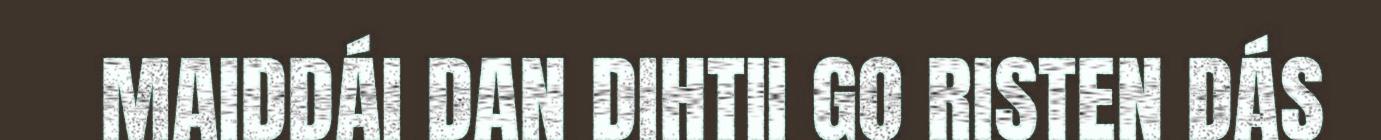
MAIDDÁI DAN DIHTII GO RISTEN DÁS